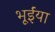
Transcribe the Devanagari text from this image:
भूईंया